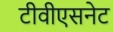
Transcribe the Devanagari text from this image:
टीवीएसनेट